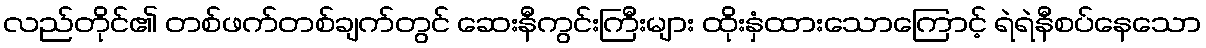
လည်တိုင်၏ တစ်ဖက်တစ်ချက်တွင် ဆေးနီကွင်းကြီးများ ထိုးနှံထားသောကြောင့် ရဲရဲနီစပ်နေသော